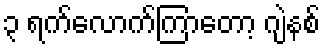
၃ ရက်လောက်ကြာတော့ ဂျဲနစ်